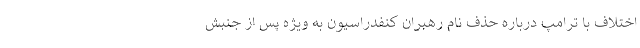
اختلاف با ترامپ درباره حذف نام رهبران کنفدراسیون به ویژه پس از جنبش